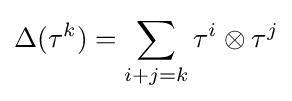
\Delta (\tau ^{k})=\sum _{i+j=k}\tau ^{i}\otimes \tau ^{j}